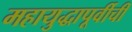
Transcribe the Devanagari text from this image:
महायुद्धापूर्वीची